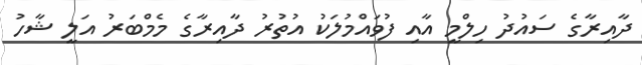
ދާއިރާގެ ސައުދު ހިލްމީ އާއި ފުވައްމުލަކު އުތުރު ދާއިރާގެ މެމްބަރު އަލީ ޝާހު